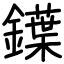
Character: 鐷